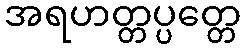
အရဟတ္တပ္ပတ္တေ